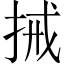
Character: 𢬿